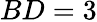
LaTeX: BD=3